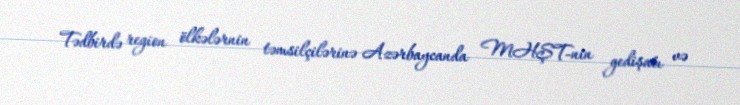
Tədbirdə region ölkələrnin təmsilçilərinə Azərbaycanda MHŞT-nin gedişatı və